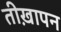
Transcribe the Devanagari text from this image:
तीख़ापन